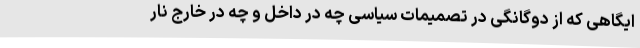
ایگاهی که از دوگانگی در تصمیمات سیاسی چه در داخل و چه در خارج نار